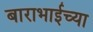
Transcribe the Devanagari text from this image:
बाराभाईच्या